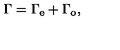
\Gamma = \Gamma _ { \mathrm { e } } + \Gamma _ { \mathrm { o } } ,